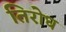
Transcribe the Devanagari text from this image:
तिरोध